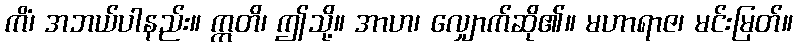
ကိံ၊ အဘယ်ပါနည်း။ ဣတိ၊ ဤသို့။ အာဟ၊ လျှောက်ဆို၏။ မဟာရာဇ၊ မင်းမြတ်။